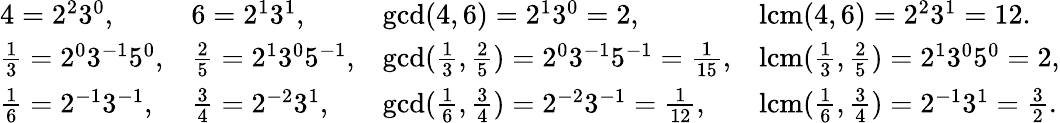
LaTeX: \begin{array}{llll}{4=2^{2}3^{0},}&{6=2^{1}3^{1},}&{\operatorname*{gcd}(4,6)=2^{1}3^{0}=2,}&{\operatorname{lcm}(4,6)=2^{2}3^{1}=12.}\\ {{\frac{1}{3}}=2^{0}3^{-1}5^{0},}&{{\frac{2}{5}}=2^{1}3^{0}5^{-1},}&{\operatorname*{gcd}({\frac{1}{3}},{\frac{2}{5}})=2^{0}3^{-1}5^{-1}={\frac{1}{15}},}&{\operatorname{lcm}({\frac{1}{3}},{\frac{2}{5}})=2^{1}3^{0}5^{0}=2,}\\ {{\frac{1}{6}}=2^{-1}3^{-1},}&{{\frac{3}{4}}=2^{-2}3^{1},}&{\operatorname*{gcd}({\frac{1}{6}},{\frac{3}{4}})=2^{-2}3^{-1}={\frac{1}{12}},}&{\operatorname{lcm}({\frac{1}{6}},{\frac{3}{4}})=2^{-1}3^{1}={\frac{3}{2}}.}\end{array}